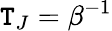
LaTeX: \mathtt{T}_{J}=\beta^{-1}